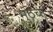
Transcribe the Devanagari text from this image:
मुठेचा